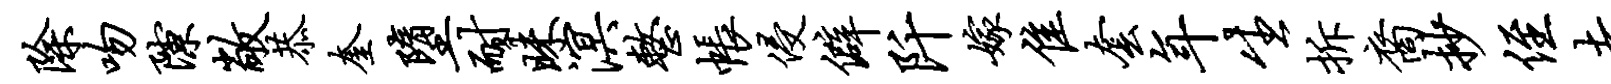
除吻隙敞恭奎堕耐昧溟整帐侵僻阡嫁隹套年生拆裔抄侄去